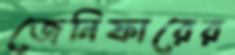
জেনিফারের